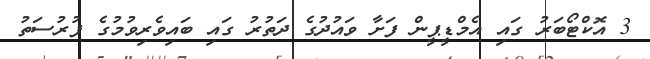
3 އޮކްޓޯބަރު ގައި އެމްޑީޕީން ފަށާ ވައުދުގެ ދަތުރު ގައި ބައިވެރިވުމުގެ ފުރުސަތު